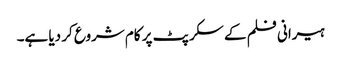
ہیرانی فلم کے سکرپٹ پر کام شروع کر دیا ہے۔